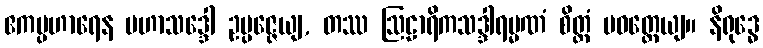
ဧကပ္ပဟာရေန မဟာသဒ္ဒေါ ဥပ္ပဇ္ဇေယျ, တဿ ဩဠာရိကသဒ္ဒါရမ္မဏံ စိတ္တံ ပဝတ္တေယျ။ နိရုဒ္ဓေ